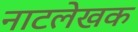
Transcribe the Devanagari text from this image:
नाटलेखक